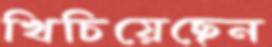
খিচিয়েছেন